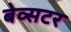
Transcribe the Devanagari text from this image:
बेव्सटर